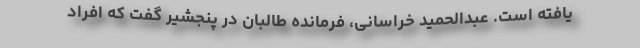
یافته است. عبدالحمید خراسانی، فرمانده طالبان در پنجشیر گفت که افراد